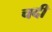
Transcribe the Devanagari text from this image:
चदी